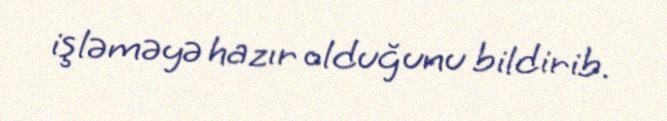
işləməyə hazır olduğunu bildirib.